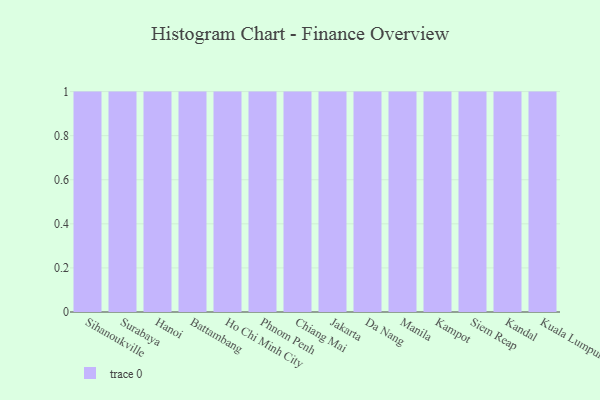
{"axis": {"x": "City", "y": "Production Output"}, "legend": [""], "data": [{"x": "Sihanoukville", "y": 47, "type": ""}, {"x": "Surabaya", "y": 30, "type": ""}, {"x": "Hanoi", "y": 41, "type": ""}, {"x": "Battambang", "y": 32, "type": ""}, {"x": "Ho Chi Minh City", "y": 55, "type": ""}, {"x": "Phnom Penh", "y": 25, "type": ""}, {"x": "Chiang Mai", "y": 39, "type": ""}, {"x": "Jakarta", "y": 7, "type": ""}, {"x": "Da Nang", "y": 93, "type": ""}, {"x": "Manila", "y": 58, "type": ""}, {"x": "Kampot", "y": 50, "type": ""}, {"x": "Siem Reap", "y": 47, "type": ""}, {"x": "Kandal", "y": 89, "type": ""}, {"x": "Kuala Lumpur", "y": 43, "type": ""}]}